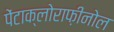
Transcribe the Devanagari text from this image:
पेंटाक्लोराफ़ीनोल